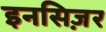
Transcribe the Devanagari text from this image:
इनसिज़र